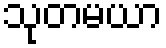
သုတမယာ